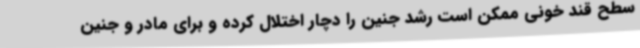
سطح قند خونی ممکن است رشد جنین را دچار اختلال کرده و برای مادر و جنین